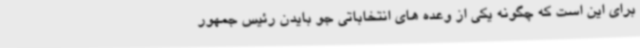
برای این است که چگونه یکی از وعده های انتخاباتی جو بایدن رئیس جمهور